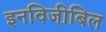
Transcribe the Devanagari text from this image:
इनविजी़बिल